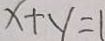
x + y = 1